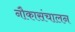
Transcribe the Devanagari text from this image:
नौकासंचालन